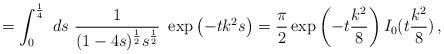
LaTeX: \begin{align*}=\int_0^{\frac14}\ ds\ \frac{1}{(1-4s)^{\frac12}s^{\frac12}}\ \exp\left( -tk^2 s \right)=\frac{\pi}{2}\exp \left( -t\frac{k^2}{8}\right)I_{0}(t \frac{k^2}{8})\,,\end{align*}